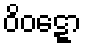
ဝိဝဋ္ဋော